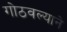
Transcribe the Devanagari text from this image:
गोठवल्याने